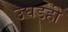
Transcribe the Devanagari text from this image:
उघडही